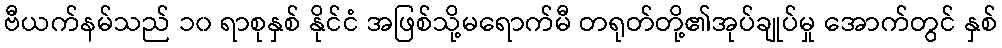
ဗီယက်နမ်သည် ၁၀ ရာစုနှစ် နိုင်ငံ အဖြစ်သို့မရောက်မီ တရုတ်တို့၏အုပ်ချုပ်မှု အောက်တွင် နှစ်